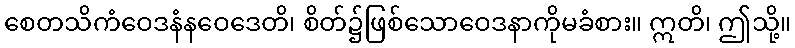
စေတသိကံဝေဒနံနဝေဒေတိ၊ စိတ်၌ဖြစ်သောဝေဒနာကိုမခံစား။ ဣတိ၊ ဤသို့။